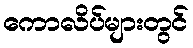
ကောလိပ်များတွင်